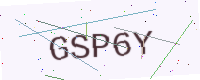
Text: GSP6Y